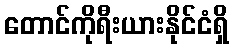
တောင်ကိုရီးယားနိုင်ငံရှိ